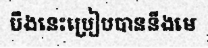
បឹងនេះប្រៀបបាននឹងមេ